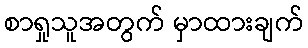
စာရှုသူအတွက် မှာထားချက်